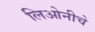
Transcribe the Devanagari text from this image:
लिओनीचे